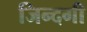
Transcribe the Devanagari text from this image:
जिन्‍दगी